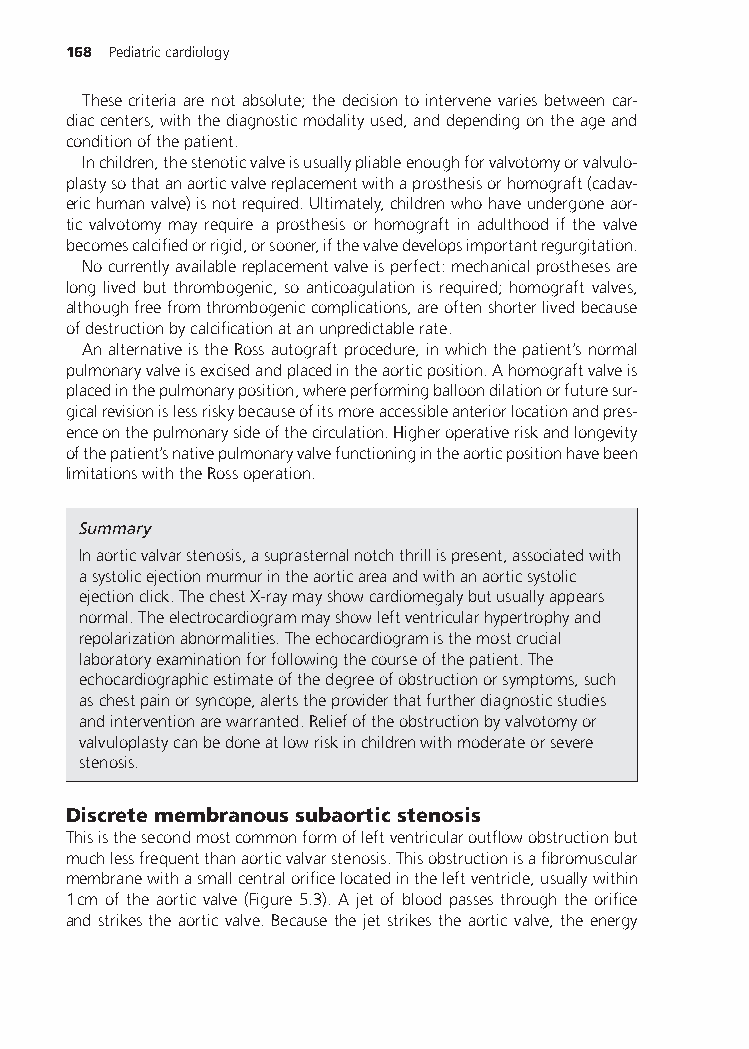
168 Pediatriccardiology
 Thesecriteriaarenotabsolute;thedecisiontointervenevariesbetweencar-
 diaccenters,withthediagnosticmodalityused,anddependingontheageand
 conditionofthepatient.
 Inchildren,thestenoticvalveisusuallypliableenoughforvalvotomyorvalvulo-
 plastysothatanaorticvalvereplacementwithaprosthesisorhomograft(cadav-
 erichumanvalve)isnotrequired.Ultimately,childrenwhohaveundergoneaor-
 tic valvotomy may require a prosthesis or homograft in adulthood if the valve
 becomescalcifiedorrigid,orsooner,ifthevalvedevelopsimportantregurgitation.
 Nocurrentlyavailablereplacementvalveisperfect:mechanicalprosthesesare
 long lived but thrombogenic, so anticoagulation is required; homograft valves,
 althoughfreefromthrombogeniccomplications,areoftenshorterlivedbecause
 ofdestructionbycalcificationatanunpredictablerate.
 AnalternativeistheRossautograftprocedure,inwhichthepatient’snormal
 pulmonaryvalveisexcisedandplacedintheaorticposition.Ahomograftvalveis
 placedinthepulmonaryposition,whereperformingballoondilationorfuturesur-
 gicalrevisionislessriskybecauseofitsmoreaccessibleanteriorlocationandpres-
 enceonthepulmonarysideofthecirculation.Higheroperativeriskandlongevity
 ofthepatient’snativepulmonaryvalvefunctioningintheaorticpositionhavebeen
 limitationswiththeRossoperation.
 Summary
 Inaorticvalvarstenosis,asuprasternalnotchthrillispresent,associatedwith
 asystolicejectionmurmurintheaorticareaandwithanaorticsystolic
 ejectionclick.ThechestX-raymayshowcardiomegalybutusuallyappears
 normal.Theelectrocardiogrammayshowleftventricularhypertrophyand
 repolarizationabnormalities.Theechocardiogramisthemostcrucial
 laboratoryexaminationforfollowingthecourseofthepatient.The
 echocardiographicestimateofthedegreeofobstructionorsymptoms,such
 aschestpainorsyncope,alertstheproviderthatfurtherdiagnosticstudies
 andinterventionarewarranted.Reliefoftheobstructionbyvalvotomyor
 valvuloplastycanbedoneatlowriskinchildrenwithmoderateorsevere
 stenosis.
 Discretemembranoussubaorticstenosis
 Thisisthesecondmostcommonformofleftventricularoutflowobstructionbut
 muchlessfrequentthanaorticvalvarstenosis.Thisobstructionisafibromuscular
 membranewithasmallcentralorificelocatedintheleftventricle,usuallywithin
 1cm of the aortic valve (Figure 5.3). A jet of blood passes through the orifice
 and strikes the aortic valve. Because the jet strikes the aortic valve, the energy